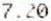
7.20